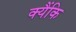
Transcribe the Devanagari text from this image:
क्यैंकि